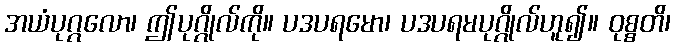
အယံပုဂ္ဂလော၊ ဤပုဂ္ဂိုလ်ကို။ ပဒပရမော၊ ပဒပရမပုဂ္ဂိုလ်ဟူ၍။ ဝုစ္စတိ၊